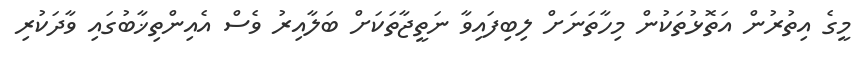
މީގެ އިތުރުން އަތޮޅުތަކުން މިހާތަނަށް ލިބިފައިވާ ނަތީޖާތަކަށް ބަލާއިރު ވެސް އެއިންތިޚާބުގައި ވާދަކުރި